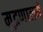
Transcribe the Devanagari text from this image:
मुद्रणालये